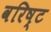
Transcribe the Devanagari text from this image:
वरिष्‍ट